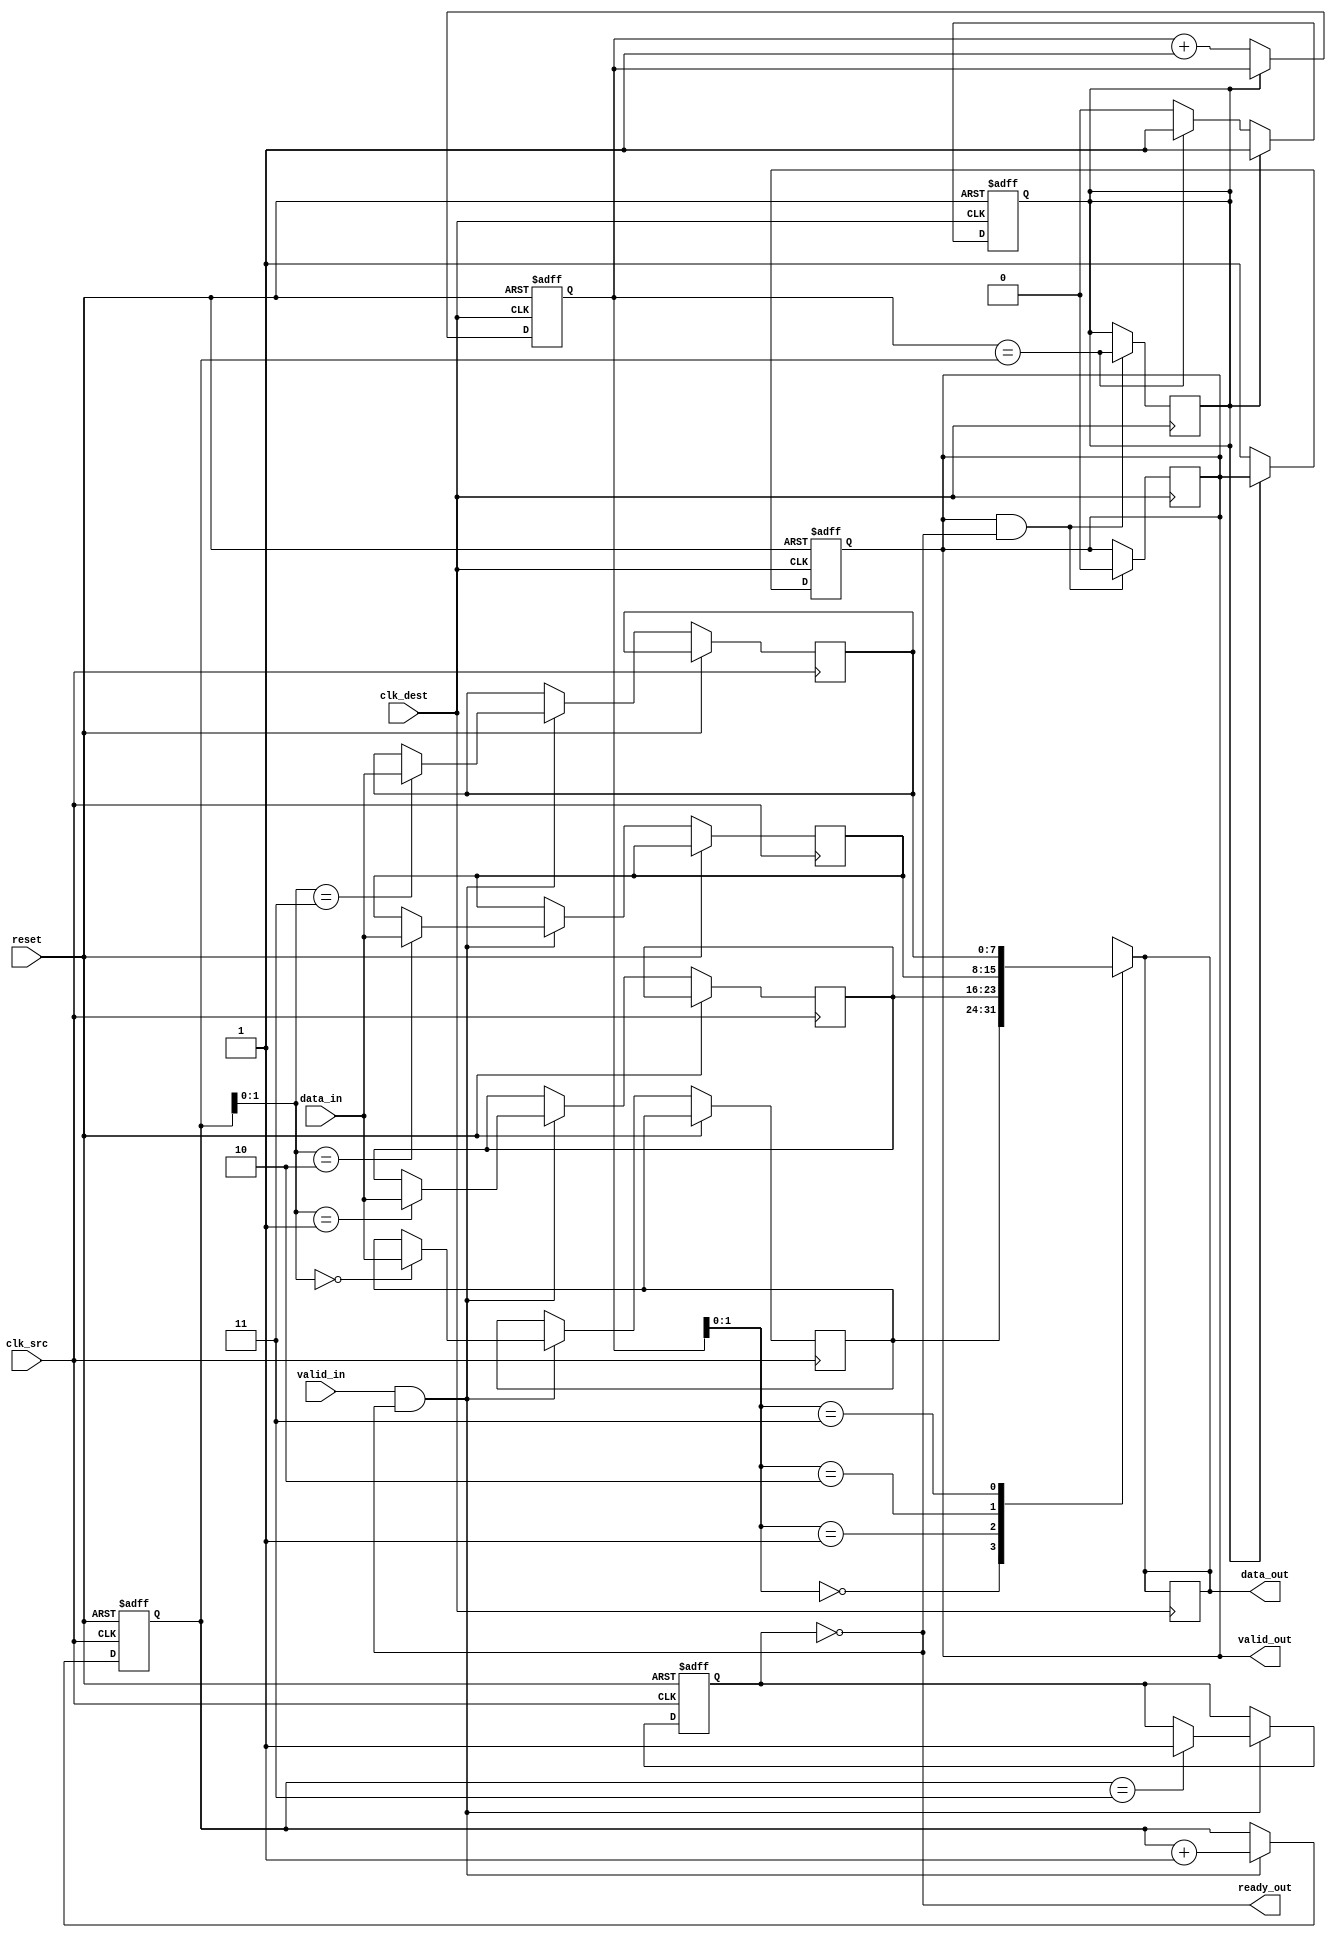
module MemoryBlocksPipelineSynchronizer #(
    parameter DATA_WIDTH = 8, // Data width
    parameter FIFO_DEPTH = 4   // FIFO depth
)(
    input wire clk_src,               // Source clock
    input wire clk_dest,              // Destination clock
    input wire reset,                 // Asynchronous reset
    input wire [DATA_WIDTH-1:0] data_in, // Input data
    input wire valid_in,              // Input valid signal
    output wire ready_out,            // Output ready signal
    output wire [DATA_WIDTH-1:0] data_out, // Output data
    output wire valid_out             // Output valid signal
);

    // FIFO Buffer
    reg [DATA_WIDTH-1:0] fifo [0:FIFO_DEPTH-1];
    reg [2:0] wr_ptr; // Write pointer
    reg [2:0] rd_ptr; // Read pointer
    reg full;         // FIFO full flag
    reg empty;        // FIFO empty flag

    // Handshaking signals
    reg valid_reg;    // Registered valid signal for output
    reg ready_reg;    // Registered ready signal for input

    // Write logic: on the source clock domain
    always @(posedge clk_src or posedge reset) begin
        if (reset) begin
            wr_ptr <= 3'd0;
            full <= 1'b0;
        end else if (valid_in && !full) begin
            fifo[wr_ptr] <= data_in;
            wr_ptr <= wr_ptr + 1'b1;
            if (wr_ptr == FIFO_DEPTH-1) begin
                full <= 1'b1;
            end
        end
    end

    // Read logic: on the destination clock domain
    always @(posedge clk_dest or posedge reset) begin
        if (reset) begin
            rd_ptr <= 3'd0;
            empty <= 1'b1;
            valid_reg <= 1'b0;
        end else if (!empty) begin
            data_out <= fifo[rd_ptr];
            valid_reg <= 1'b1;
            rd_ptr <= rd_ptr + 1'b1;
            if (rd_ptr == wr_ptr) begin
                empty <= 1'b1;
            end
        end
    end

    // FIFO state management
    always @(posedge clk_dest) begin
        if (valid_reg && ready_out) begin
            valid_reg <= 1'b0; // Clear valid signal once read by destination
            empty <= (rd_ptr == wr_ptr); // Update empty status
        end
    end

    // Handshake signals
    assign valid_out = valid_reg;
    assign data_out = fifo[rd_ptr];
    assign ready_out = !full; // Ready if FIFO is not full

endmodule